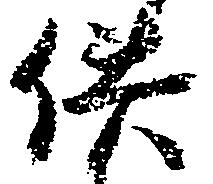
供